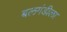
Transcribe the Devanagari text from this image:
बलगंडीला